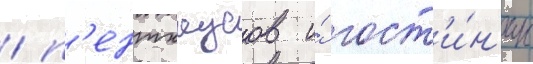
/ п'ентхаусов и́ гост'и́н'ицы